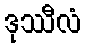
ဒုဿီလံ